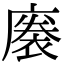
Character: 𢊭